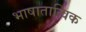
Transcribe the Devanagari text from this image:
भाषातात्विक